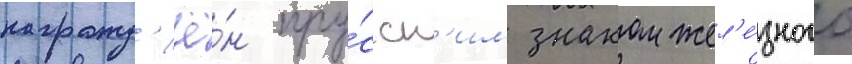
награжд'ё́н пру́сск'им знаком жел'е́зного